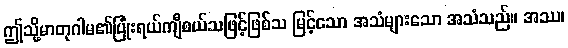
ဤသို့မာတုဂါမ၏ပြုံးရယ်ကျီစယ်သဖြင့်ဖြစ်သ မြင့်သော အသံများသော အသံသည်။ အဿ၊